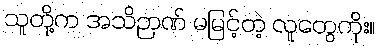
သူတို့က အသိဉာဏ် မမြင့်တဲ့ လူတွေကိုး။